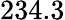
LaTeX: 234.3